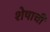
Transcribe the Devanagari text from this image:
शेषाची